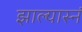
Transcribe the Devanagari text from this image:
झाल्यास्नं